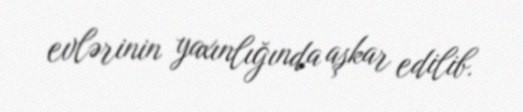
evlərinin yaxınlığında aşkar edilib.